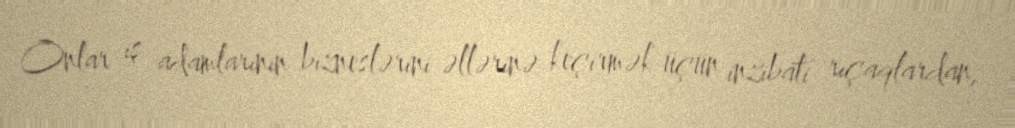
Onlar iş adamlarının bizneslərini əllərinə keçirmək üçün inzibati rıçaqlardan,